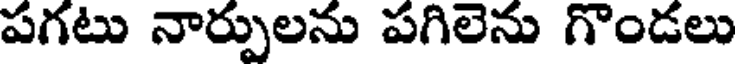
పగటు నార్పులను పగిలెను గొండలు